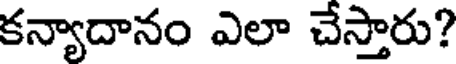
కన్యాదానం ఎలా చేస్తారు?